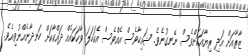
ޒާރާއަށް އަދި ރިޔާއަކަށްވެސް ނޭނގުނެވެ. ޝައިހާވެސް އެއްވެސް އެކަހަލަ ވާހަކައެއް ދައްކާކަށް ހަނދާނެއްނުވިއެވެ.